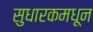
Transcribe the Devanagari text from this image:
सुधारकमधून